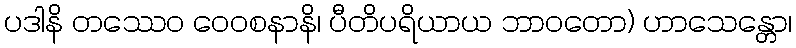
ပဒါနိ တဿေဝ ဝေဝစနာနိ၊ ပီတိပရိယာယ ဘာဝတော) ဟာသေန္တော၊